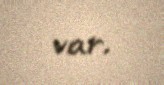
var.